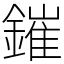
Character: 鏙